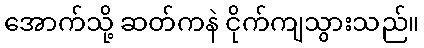
အောက်သို့ ဆတ်ကနဲ ငိုက်ကျသွားသည်။